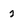
Character: 2